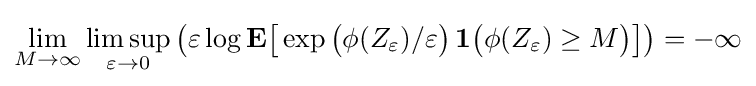
\lim _{M\to \infty }\limsup _{\varepsilon \to 0}{\big (}\varepsilon \log \mathbf {E} {\big [}\exp {\big (}\phi (Z_{\varepsilon })/\varepsilon {\big )}\,\mathbf {1} {\big (}\phi (Z_{\varepsilon })\geq M{\big )}{\big ]}{\big )}=-\infty